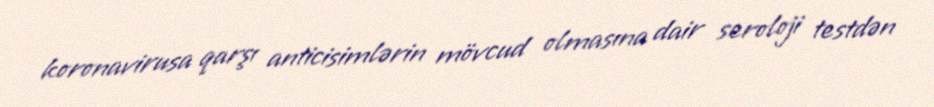
koronavirusa qarşı anticisimlərin mövcud olmasına dair seroloji testdən